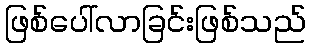
ဖြစ်ပေါ်လာခြင်းဖြစ်သည်